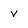
Character: V